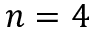
n = 4